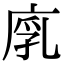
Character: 𢉚